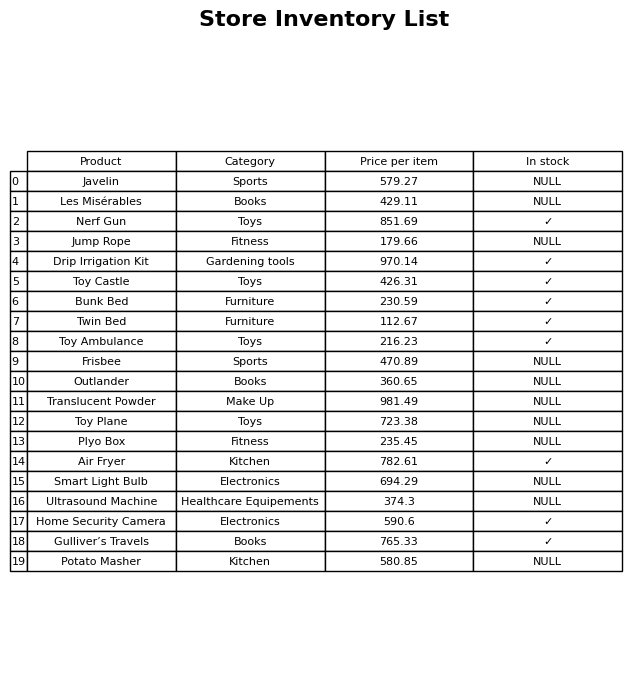
question: What is the price of the Twin Bed?
answer: The price of Twin Bed is 112.67.